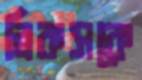
ব্রিকসকে